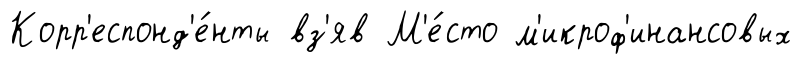
Корр'еспонд'е́нты вз'яв М'е́сто м'икроф'инансовых